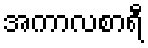
အကာလစာရီ